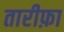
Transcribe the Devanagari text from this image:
तारीफ़ा